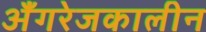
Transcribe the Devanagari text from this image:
अँगरेजकालीन